Indian journal of veterinary science and animal husbandry - Volumes 24-25, 1954-1955
Year: 1954
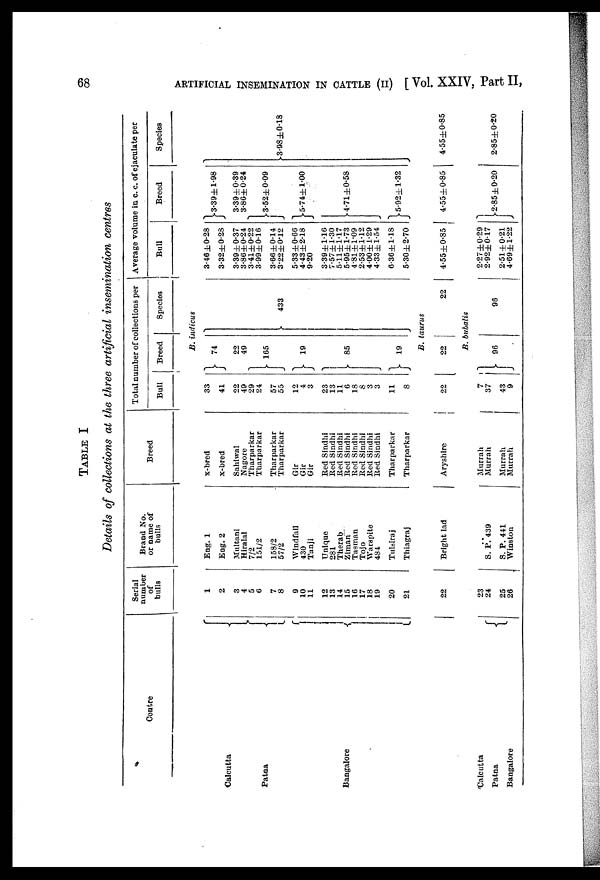
68
ARTIFICIAL INSEMINATION IN CATTLE (II) [ Vol. XXIV, Part II,
TABLE I
Details of collections at the three artificial insemination centres
Centre
Serial
number
of
bulls
Brand No.
or name of
bulls
Breed
Total number of collections per
Bull
Breed
Species
Average volume in c. c. of ejaculate per
Bull
Breed
Species
B. indicus
Calcutta
Patna
Bangalore
1
2
3
4
5
6
7
8
9
10
11
12
13
14
15
16
17
18
19
20
21
Eng. 1
Eng. 2
Multani
Hiralal
7/2
151/2
158/2
57/2
Windfall
430
Tanji
Unique
281
Therab
Ziman
Tasman
Tojo
Warspite
484
Tulsiraj
Thiagraj
x-bred
x-bred
Sahiwal
Nagore
Tharparkar
Tharparkar
Tharparkar
Tharparkar
Gir
Gir
Gir
Bed Sindhi
Red Sindhi
Red Sindhi
Red Sindhi
Red Sindhi
Red Sindhi
Red Sindhi
Red Sindhi
Tharparkar
Tharparkar
33
41
22
49
29
24
57
55
12
4
3
23
13
11
6
18
8
3
3
11
8
74
22
49
165
19
85
19
433
3.46±0.28
3.32±0.28
3.39±0.37
3.86±0.24
3.41±0.22
3.99±0.16
3.66±0.14
3.22±0.12 5.33±0.66
4.43±2.18
9.20
3.39±l.16
7.57±l.30
5.11±l.17
5.95±l.73
4.81±l.09
2.53±l.12
4.00±l.29
4.33±l.54
6.36±l.18
5.30±2.70
3.39±l.98
3.39±0.39
3.86±0.24
3.52±0.09
5.74±l.00
4.71±0.58
5.92±l.32
3.98±0.18
B. taurus
22
Bright lad
Aryshire
22
22
22
4.55±0.85
4.55±0.85
4.55±0.85
B. bubalis
Calcutta
Patna
Bangalore
23
24
25
26
..
S. P.439
S. P. 441
Winston
Murrah
Murrah
Murrah
Murrah
7
37
43
9
96
96
2.27±0.29
2.92±0.17
2.51±0.21
4.69±l.22
2.85±0.20
2.85±0.20